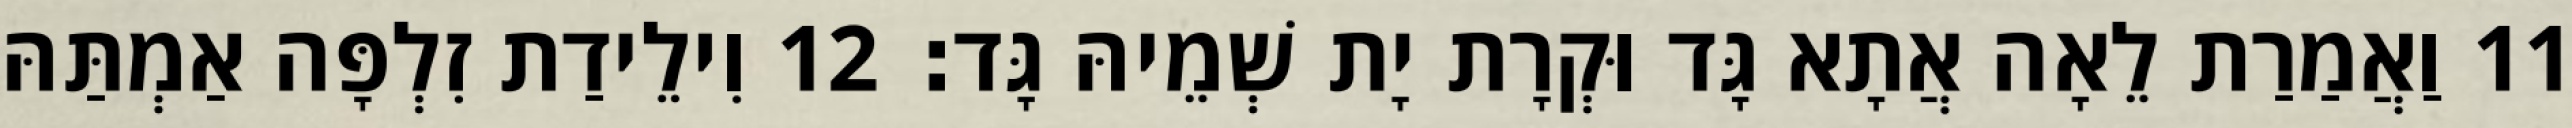
11 וַאֲמַרַת לֵאָה אֲתָא גָּד וּקְרָת יָת שְׁמֵיהּ גָּד׃ 12 וִילֵידַת זִלְפָּה אַמְתַּהּ